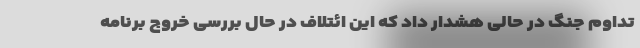
تداوم جنگ در حالی هشدار داد که این ائتلاف در حال بررسی خروج برنامه